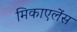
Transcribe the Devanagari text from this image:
मिकाएलेंस